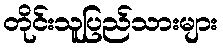
တိုင်းသူပြည်သားများ